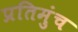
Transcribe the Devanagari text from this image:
प्रतिमुंच